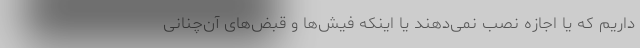
داریم که یا اجازه نصب نمی‌دهند یا اینکه فیش‌ها و قبض‌های آن‌چنانی